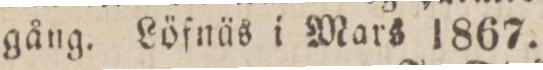
gång. Löfnäs i Mars 1867.